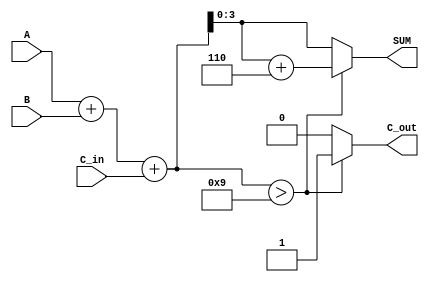
module BCD_Adder (
    input  [3:0] A,      // First BCD digit
    input  [3:0] B,      // Second BCD digit
    input        C_in,    // Carry input
    output [3:0] SUM,     // BCD sum output
    output       C_out     // Carry output
);

    wire [4:0] R;        // 5-bit wire to hold the binary sum
    wire [4:0] corrected_sum; // Wire to hold the corrected sum if needed

    // Step 1: Perform binary addition
    assign R = A + B + C_in;

    // Step 2: Determine if correction is needed
    assign corrected_sum = R + 5'b00110; // Add 6 (0110) for BCD correction

    // Step 3: Generate the BCD sum and carry-out
    assign SUM = (R > 5'd9) ? corrected_sum[3:0] : R[3:0]; // Select corrected or original sum
    assign C_out = (R > 5'd9) ? 1'b1 : 1'b0; // Set carry-out if R > 9

endmodule